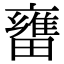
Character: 㽫